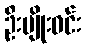
ဦးမျိုးဝင်း